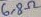
Text: 6,8Ω